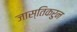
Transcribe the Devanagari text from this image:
जास्तिकरुन